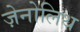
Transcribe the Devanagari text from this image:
ज़ेनोलिथ